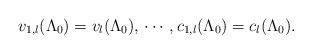
\begin{align*}v_{1,l} (\Lambda_0) = v_{l} (\Lambda_0), \, \cdots \, , c_{1,l} (\Lambda_0) = c_{l} (\Lambda_0) .\end{align*}